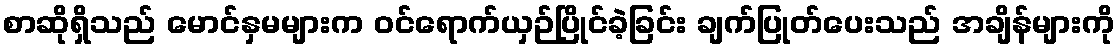
စာဆိုရှိသည် မောင်နှမများက ဝင်ရောက်ယှဉ်ပြိုင်ခဲ့ခြင်း ချက်ပြုတ်ပေးသည် အချိန်များကို